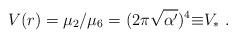
LaTeX: \begin{align*}V(r)=\mu_2/\mu_6=(2\pi\sqrt{\alpha^\prime})^4{\equiv}V_*\ .\end{align*}